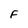
Character: F